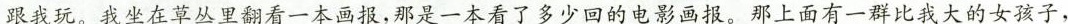
跟我玩。我坐在草丛里翻看一本画报，那是一本看了多少回的电影画报。那上面有一群比我大的女孩子，